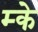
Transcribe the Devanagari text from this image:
म्के